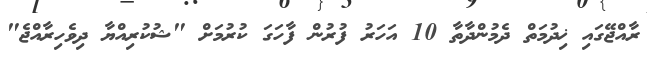
ރާއްޖޭގައި ޚިދުމަތް ދެމުންދާތާ 10 އަހަރު ފުރުން ފާހަގަ ކުރުމަށް "ޝުކުރިއްޔާ ދިވެހިރާއްޖެ"